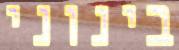
בינוני